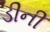
ડીની